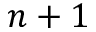
n + 1